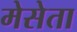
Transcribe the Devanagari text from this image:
मेसेता